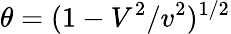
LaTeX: \theta=(1-V^{2}/v^{2})^{1/2}